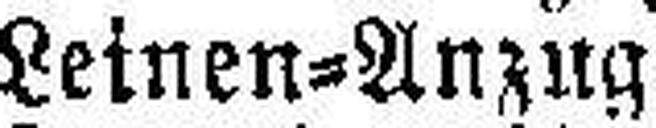
Leinen=Anzug